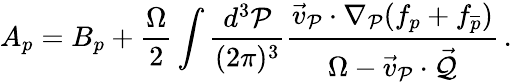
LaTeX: A_{p}=B_{p}+\frac{\Omega}{2}\int\frac{d^{3}{\cal P}}{(2\pi)^{3}}\frac{\vec{v}_{\cal P}\cdot\nabla_{\cal P}(f_{p}+f_{\overline{{p}}})}{\Omega-\vec{v}_{\cal P}\cdot\vec{\cal Q}}\, .